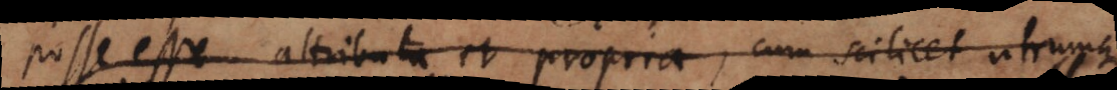
posse esse attributa et propria, cum scilicet utrumque